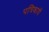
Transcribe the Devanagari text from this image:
पत्रिकायॆं